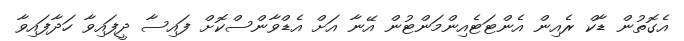
އެގޮތުން ޑާކް ރެއިން އެންޓަޓެއިންމަންޓުން އޭނާ އަށް އެޑްވާންސްކޮށް ފައިސާ ދީފައިވާ ހަދާފައިވާ